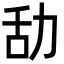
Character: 㔚